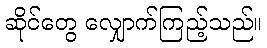
ဆိုင်တွေ လျှောက်ကြည့်သည်။